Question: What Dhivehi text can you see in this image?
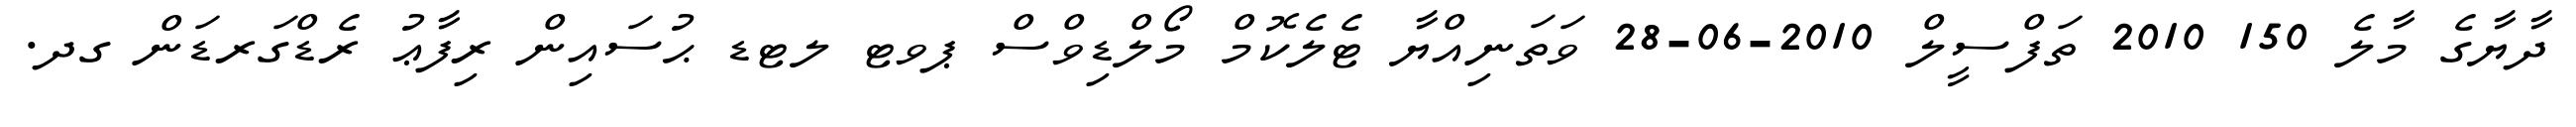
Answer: ދާޔާގެ މާލެ 150 2010 ތަފްސީލް 2010-06-28 ވަތަނިއްޔާ ޓެލެކޮމް މޯލްޑިވްސް ޕވޓ ލޓޑ ޙުސައިން ރިފާޢު ރެޑްގަރޑަން ގދ.